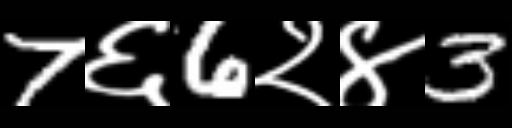
Text: 7६6२४3